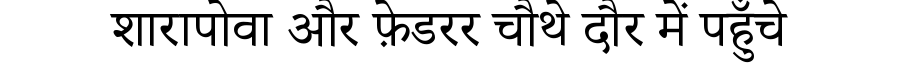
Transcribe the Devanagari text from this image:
शारापोवा और फ़ेडरर चौथे दौर में पहुँचे